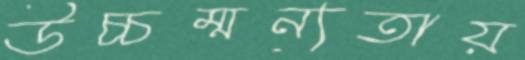
উচ্চম্মন্যতায়